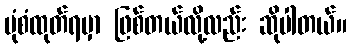
ပုံစံထုတ်ရမှာ ဖြစ်တယ်လို့လည်း ဆိုပါတယ်။